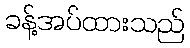
ခန့်အပ်ထားသည်